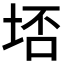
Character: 𭎟